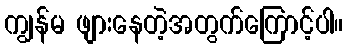
ကျွန်မ ဖျားနေတဲ့အတွက်ကြောင့်ပါ။